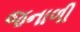
જનાળી